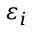
\varepsilon _ { i }